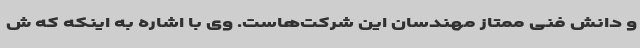
و دانش فنی ممتاز مهندسان این شرکت‌هاست. وی با اشاره به اینکه که ش